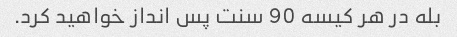
بله در هر کیسه 90 سنت پس انداز خواهید کرد.